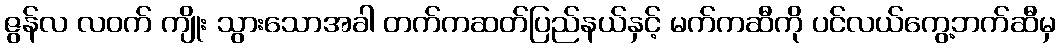
ဇွန်လ လဝက် ကျိုး သွားသောအခါ တက်ကဆတ်ပြည်နယ်နှင့် မက်ကဆီကို ပင်လယ်ကွေ့ဘက်ဆီမှ